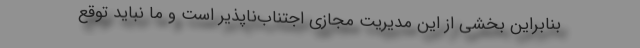
بنابراین بخشی از این مدیریت مجازی اجتناب‌ناپذیر است و ما نباید توقع